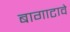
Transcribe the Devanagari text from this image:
बागाटावे